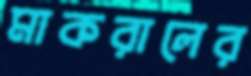
মাকরালের